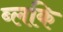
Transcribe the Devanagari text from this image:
ब्लकि